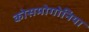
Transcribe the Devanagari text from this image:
कोसमोगोनिया